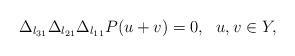
LaTeX: \begin{align*}\Delta_{l_{31}}\Delta_{l_{21}}\Delta_{l_{11}}P(u+v)= 0, \ \ u, v \in Y,\end{align*}